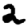
Digit: 2